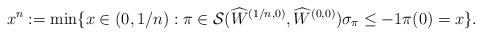
LaTeX: \begin{align*}x^n := \min\{x \in (0,1/n) : \pi \in {\cal S}(\widehat{W}^{(1/n,0)}, \widehat{W}^{(0,0)})\sigma_\pi \leq -1 \pi(0) = x\}.\end{align*}